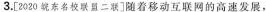
3.[2020东名校联盟二联]随着移动互联网的高速发展，